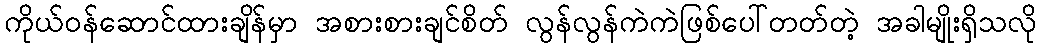
ကိုယ်ဝန်ဆောင်ထားချိန်မှာ အစားစားချင်စိတ် လွန်လွန်ကဲကဲဖြစ်ပေါ်တတ်တဲ့ အခါမျိုးရှိသလို